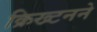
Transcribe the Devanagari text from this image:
क्रिख्टनने